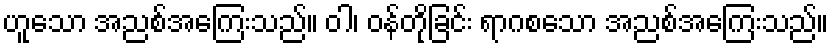
ဟူသော အညစ်အကြေးသည်။ ဝါ၊ ဝန်တိုခြင်း ရာဂစသော အညစ်အကြေးသည်။